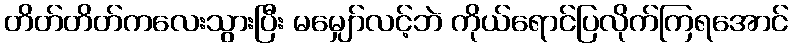
တိတ်တိတ်ကလေးသွားပြီး မမျှော်လင့်ဘဲ ကိုယ်ရောင်ပြလိုက်ကြရအောင်